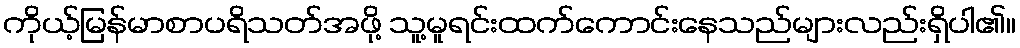
ကိုယ့်မြန်မာစာပရိသတ်အဖို့ သူ့မူရင်းထက်ကောင်းနေသည်များလည်းရှိပါ၏။